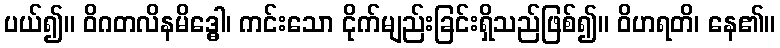
ပယ်၍။ ဝိဂတလိနမိဒ္ဓေါ၊ ကင်းသော ငိုက်မျည်းခြင်းရှိသည်ဖြစ်၍။ ဝိဟရတိ၊ နေ၏။